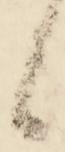
候